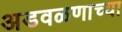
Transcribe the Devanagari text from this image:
अडवळणाच्या